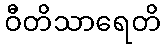
ဝီတိသာရေတိ